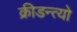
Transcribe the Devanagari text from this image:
क्रीडन्त्यो